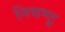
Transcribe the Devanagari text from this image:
निघण्टू